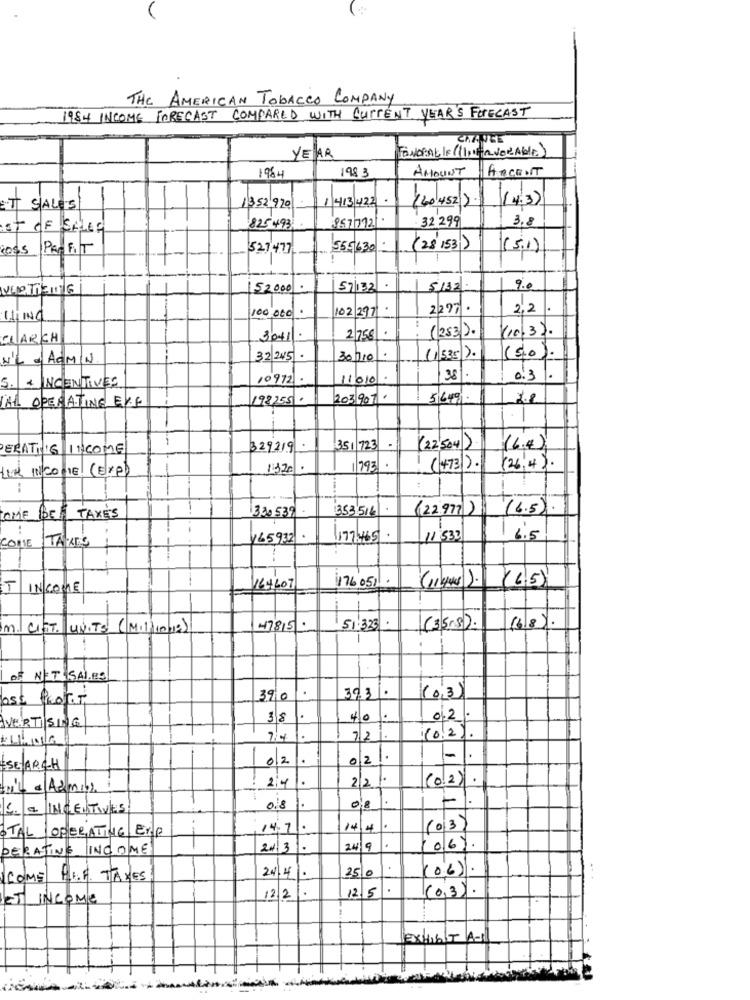
THE AMERICAN TOBACCO COMPANY
1984 INCOME FORECAST COMPARED WITH CURRENT YEAR'S FORECAST
CHANGE
ENORAL IF (1111 2VORANLE)
YEAR
1983
AMOUNT
ARGENT
1984
1 413/422 .
(40 452) .
( 4.3)
ETT SIALES
1352,920
957772 .
32 299
3.8
ist OF SALE
825'493
LOSS PROFIT
527,477
1555630
(28 153)
(5.1)
VueTICING
152000
57132
5132
9.
2297 .
2,2
100.000
102 297
(253).
(10,3).
CHARCH
3041/
2/75€
N'Y & ADMIN
32 245 .
30710
(1535).
(50)
10912.
11/010
381.
0.3
5. + INCENTIVES
AL OPERATING EVE
198,755 .
203 907.
5649.
1
--
ERATING INCOME
329219.
351 723
(22'504)
(6.4)
Lich INCOME (EXP)
1320.
793
.
(4731) .
(26.4).
330539 .
353516 .
(22977)
(6.5).
TOME
TAXES
.
COME
165932.
177 465
11:533
6.5
(114ms ). (4.5)
T
INCOME
164607
176051.
16/8).
M. CIST. UNITS (MI1|1012)
47815:
51.323.
(35.8).
OF NET SALES
Profit
390
39/3/
(0,3)
38
40
0.2.
VERTISING
7/4
72
(0.2).
10/2/
0|2|.
1
ESE ARCH
2.4
1.
2/2.
(0.2)
til @Admin2
1
C. = INCENTIVES
0.8.
14.7.
14/4
(013)
STAL | OPERATIVE EXP
DERATING INCOME
2x3 .
24/9
10/6%.
24.4 .
2510
(06).
COME LE.F. TAKES
12/5
.
(0,3).
ET INCOME
122
EXHIBIT A-1